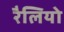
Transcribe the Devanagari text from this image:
रैलियो